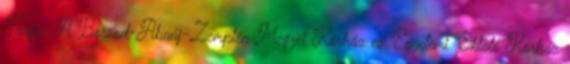
Tárgy: A Borsod-Abaúj-Zemplén Megyei Kórház és Egyetemi Oktató Kórház